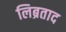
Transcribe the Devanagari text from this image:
लिब्रताद